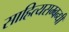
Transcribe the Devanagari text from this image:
साहित्यसम्बन्धी